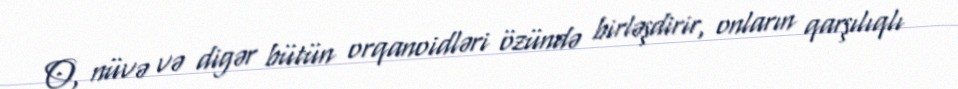
O, nüvə və digər bütün orqanoidləri özündə birləşdirir, onların qarşılıqlı